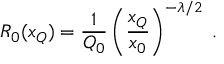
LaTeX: R _ { 0 } ( x _ { Q } ) = \frac { 1 } { Q _ { 0 } } \left( \frac { x _ { Q } } { x _ { 0 } } \right) ^ { - \lambda / 2 } \; .